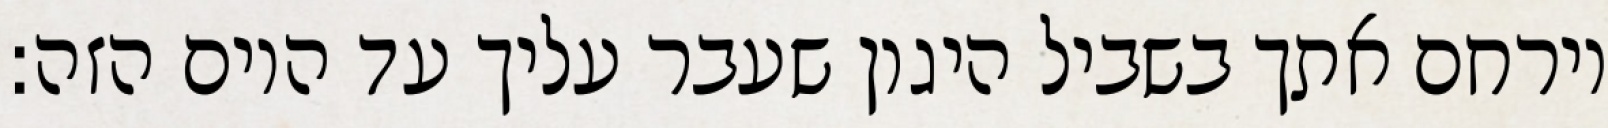
וירחם אתך בשביל היגון שעבר עליך עד היום הזה: